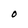
Character: O